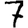
Digit: 7